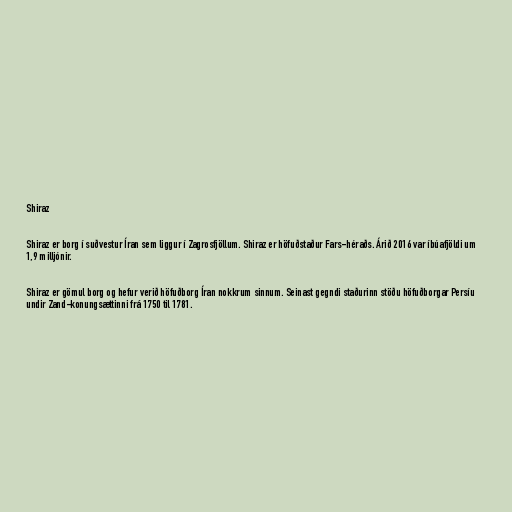
Shiraz

Shiraz er borg í suðvestur Íran sem liggur í Zagrosfjöllum. Shiraz er höfuðstaður Fars-héraðs. Árið 2016 var íbúafjöldi um
1,9 milljónir.

Shiraz er gömul borg og hefur verið höfuðborg Íran nokkrum sinnum. Seinast gegndi staðurinn stöðu höfuðborgar Persíu
undir Zand-konungsættinni frá 1750 til 1781.